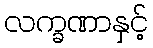
လက္ခဏာနှင့်